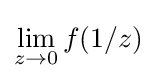
\lim _{z\to 0}{f(1/z)}